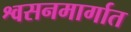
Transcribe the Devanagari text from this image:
श्वसनमार्गात